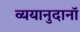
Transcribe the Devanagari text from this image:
व्ययानुदानॉ